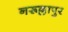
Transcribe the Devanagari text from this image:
नरूल्लापुर